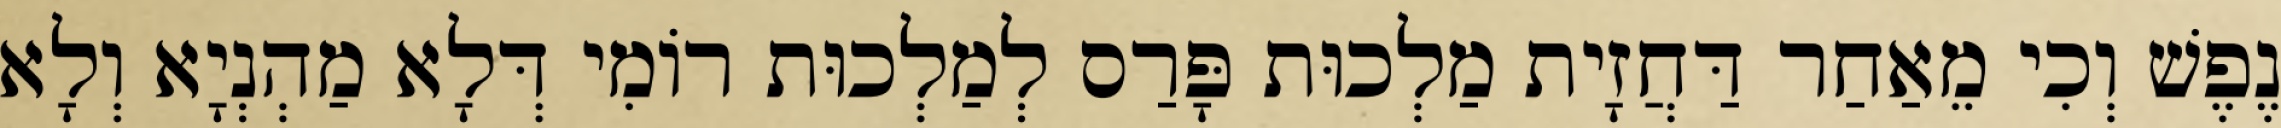
נֶפֶשׁ וְכִי מֵאַחַר דַּחֲזָית מַלְכוּת פָּרַס לְמַלְכוּת רוֹמִי דְּלָא מַהְנְיָא וְלָא